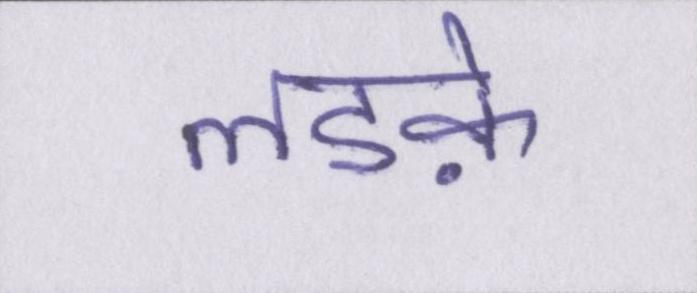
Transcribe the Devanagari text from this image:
लडक़े